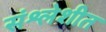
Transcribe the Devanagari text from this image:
संश्लेशीत